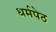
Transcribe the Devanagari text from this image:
धर्मपेठ